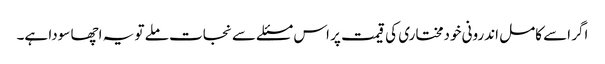
اگر اسے کامل اندرونی خودمختاری کی قیمت پر اس مسئلے سے نجات ملے تو یہ اچھا سودا ہے۔